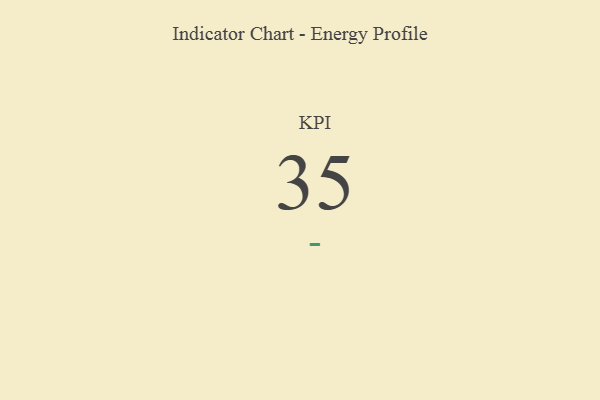
{"axis": {"x": "KPI", "y": "Value"}, "legend": [""], "data": [{"x": "KPI", "y": 35, "type": ""}]}